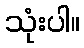
သုံးပါ။